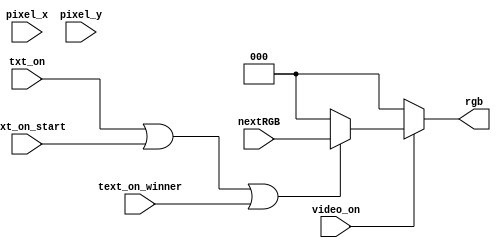
`timescale 1ns / 1ps
//////////////////////////////////////////////////////////////////////////////////
// Company: 
// Engineer: 
// 
// Design Name: 
// Module Name:    vgaColorConfig 
// Project Name: 
// Target Devices: 
// Tool versions: 
// Description: 
//
// Dependencies: 
//
// Revision: 
// Revision 0.01 - File Created
// Additional Comments: 
//
//////////////////////////////////////////////////////////////////////////////////
module vgaColorConfig(
	 input wire [9:0] pixel_x,
	 input wire [9:0] pixel_y,
    input wire [2:0] nextRGB,
    input wire video_on,
	 input wire [31:0] txt_on,
	 input wire text_on_start,
	 input wire [2:0] text_on_winner,
    output wire [2:0] rgb
    );
	 
	 //registro para asignar color de salida
	reg [2:0] rgbAux = 0;
	always@*
	begin
	//Mientras la seal no este en pantalla
		if(~video_on)
			rgbAux = "000";
		else	//Si alguno de los elementos que despliego esta en estos momentos encima
			if (txt_on[31:0] || text_on_start || text_on_winner[2:0]) 
				rgbAux = nextRGB; //asigno en color que proviene del modulo anterior
			else //Si no asigno cero 	
				rgbAux = 3'b000;
	end
	assign rgb = rgbAux;


endmodule